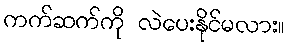
ကက်ဆက်ကို လဲပေးနိုင်မလား။